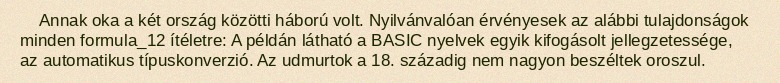
Annak oka a két ország közötti háború volt. Nyilvánvalóan érvényesek az alábbi tulajdonságok minden formula_12 ítéletre: A példán látható a BASIC nyelvek egyik kifogásolt jellegzetessége, az automatikus típuskonverzió. Az udmurtok a 18. századig nem nagyon beszéltek oroszul.